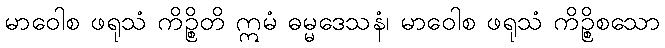
မာဝေါစ ဖရုသံ ကိဉ္စိတိ ဣမံ ဓမ္မဒေသနံ၊ မာဝေါစ ဖရုသံ ကိဉ္စိစသော